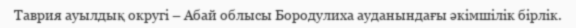
Таврия ауылдық округі – Абай облысы Бородулиха ауданындағы әкімшілік бірлік.